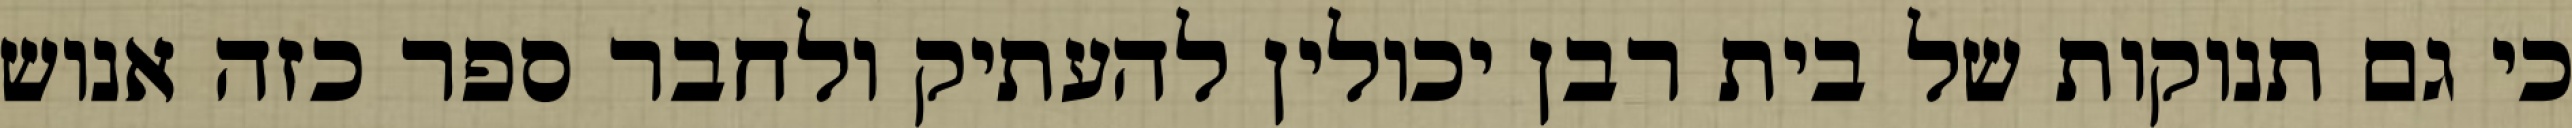
כי גם תנוקות של בית רבן יכולין להעתיק ולחבר ספר כזה אנוש